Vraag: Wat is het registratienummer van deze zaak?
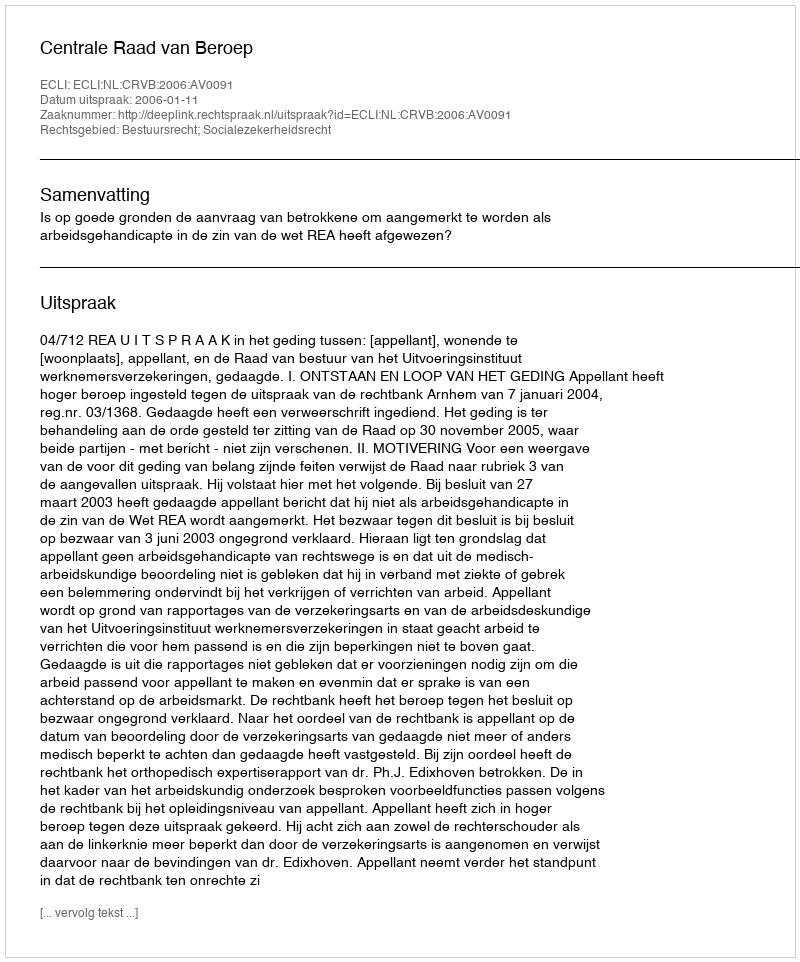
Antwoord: http://deeplink.rechtspraak.nl/uitspraak?id=ECLI:NL:CRVB:2006:AV0091